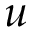
u